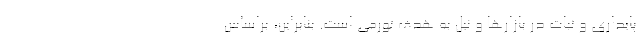
پایداری و ثبات در بازارها و نیل به هدف تورمی است. بنابراین، براساس